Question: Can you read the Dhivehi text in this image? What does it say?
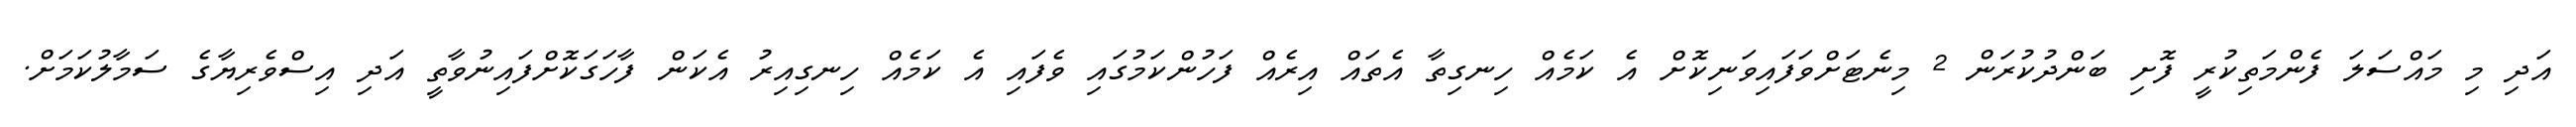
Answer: އަދި މި މައްސަލަ ފެންމަތިކުރީ ފޮށި ބަންދުކުރަން 2 މިނެޓަށްވަފައިވަނިކޮށް އެ ކަމެއް ހިނގިތާ އެތައް އިރެއް ފަހުންކަމުގައި ވެފައި އެ ކަމެއް ހިނގިއިރު އެކަން ފާހަގަކޮށްފައިނުވާތީ އަދި އިސްވެރިޔާގެ ސަމާލުކަމަށް.